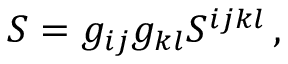
S = g _ { i j } g _ { k l } S ^ { i j k l } \, ,